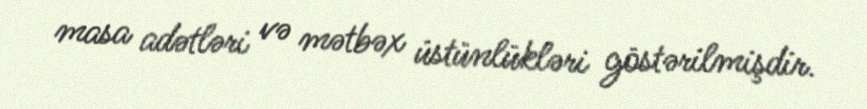
masa adətləri və mətbəx üstünlükləri göstərilmişdir.